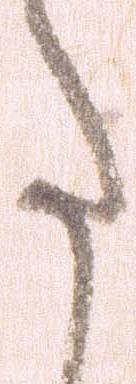
た